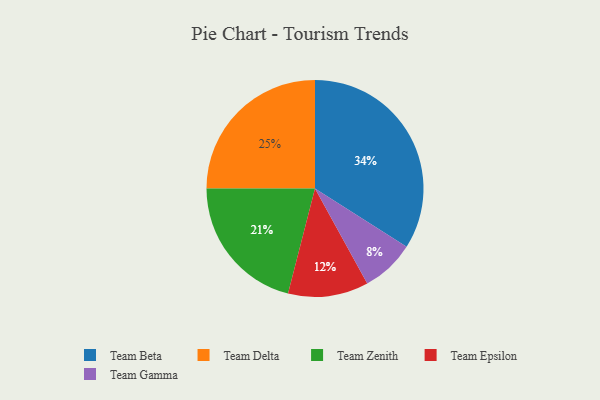
{"axis": {"x": "Category", "y": "Percentage"}, "legend": ["Team Beta", "Team Delta", "Team Epsilon", "Team Gamma", "Team Zenith"], "data": [{"x": "Team Beta", "y": 34, "type": "Team Beta"}, {"x": "Team Delta", "y": 25, "type": "Team Delta"}, {"x": "Team Gamma", "y": 8, "type": "Team Gamma"}, {"x": "Team Epsilon", "y": 12, "type": "Team Epsilon"}, {"x": "Team Zenith", "y": 21, "type": "Team Zenith"}]}